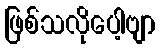
ဖြစ်သလိုပေါ့ဗျာ